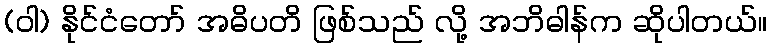
(ဝါ) နိုင်ငံတော် အဓိပတိ ဖြစ်သည် လို့ အဘိဓါန်က ဆိုပါတယ်။